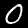
Label: 0